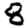
Digit: 8